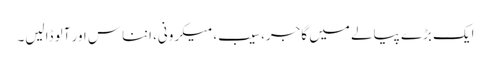
ایک بڑے پیالے میں گاجر، سیب، میکرونی، انناس اور آلو ڈالیں۔